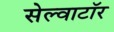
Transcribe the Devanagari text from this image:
सेल्वाटॉर